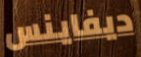
ديفاينس